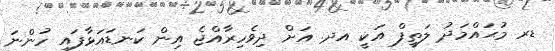
ޑރ މުޙައްމަދު ލަތީފް އަކީ އދ. އަށް ދިވެހިރާއްޖެ އިން ކަނޑައަޅާފައި ހުންނަ